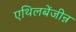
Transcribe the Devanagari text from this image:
एथिलबेंजीन्न